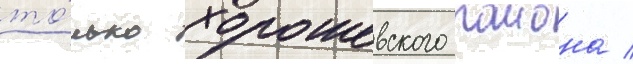
то́лько хорошевского раиона /